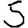
Digit: 5